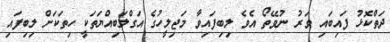
ދަތްކޮޅު ފައިބައި ވަރު ނުވޭތޯ އެވެ ލިބިފައިވާ މަޖިލީހުގެ އަގްލަބިއްޔަތަކީ ހިތަކަށް ލިބިފައި